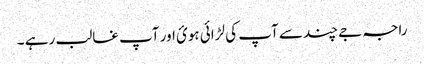
راجہ جے چند سے آپ کی لڑائی ہوئ اور آپ غالب رہے ۔